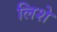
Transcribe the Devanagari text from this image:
लिशे